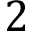
2